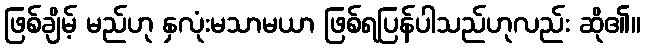
ဖြစ်ချိမ့် မည်ဟု နှလုံးမသာမယာ ဖြစ်ရပြန်ပါသည်ဟုလည်း ဆို၏။